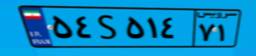
۵۴S۵۱۴۷۱